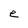
Character: e